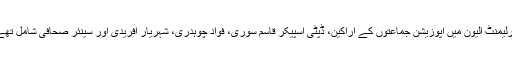
پارلیمنٹ الیون میں اپوزیشن جماعتوں کے اراکین، ڈپٹی اسپیکر قاسم سوری، فواد چوہدری، شہریار آفریدی اور سینئر صحافی شامل تھے۔